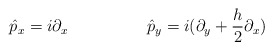
\begin{align*}\hat p_x = i \partial_x \hskip 2cm \hat p_y =i( \partial_y + {h\over 2 }\partial_x )\end{align*}